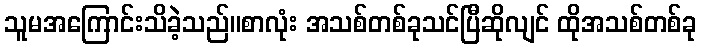
သူမအကြောင်းသိခဲ့သည်။စာလုံး အသစ်တစ်ခုသင်ပြီဆိုလျင် ထိုအသစ်တစ်ခု